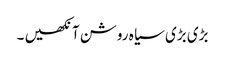
بڑی بڑی سیا ہ روشن آنکھیں ۔